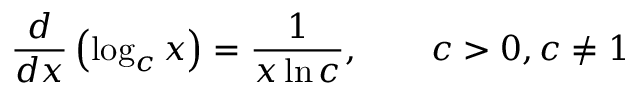
{ \frac { d } { d x } } \left( \log _ { c } x \right) = { \frac { 1 } { x \ln c } } , \qquad c > 0 , c \neq 1